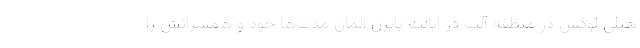
هتلی لوکس در منطقه آلپ در ایالت بایرن آلمان مدت‌ها خود و همسرانش را